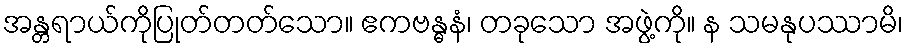
အန္တရာယ်ကိုပြုတ်တတ်သော။ ဧကဗန္ဓနံ၊ တခုသော အဖွဲ့ကို။ န သမနုပဿာမိ၊